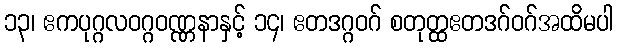
၁၃၊ ဧကပုဂ္ဂလဝဂ္ဂဝဏ္ဏနာနှင့် ၁၄၊ ဧတဒဂ္ဂဝဂ် စတုတ္ထဧတဒဂ်ဝဂ်အထိမပါ